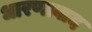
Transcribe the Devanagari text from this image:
धारणावाद